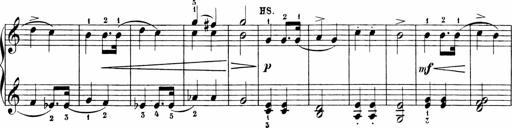
Title: Sonatinen Op.47, 98 und 136, nebst 6 Liedersonatinen
Composer: Carl Reinecke